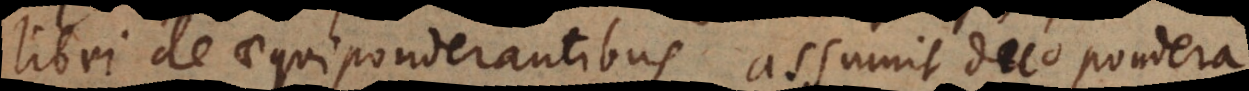
libri De aequiponderantibus assumit duo pondera